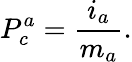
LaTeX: P_{c}^{a}=\frac{i_{a}}{m_{a}}.